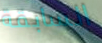
السابقة